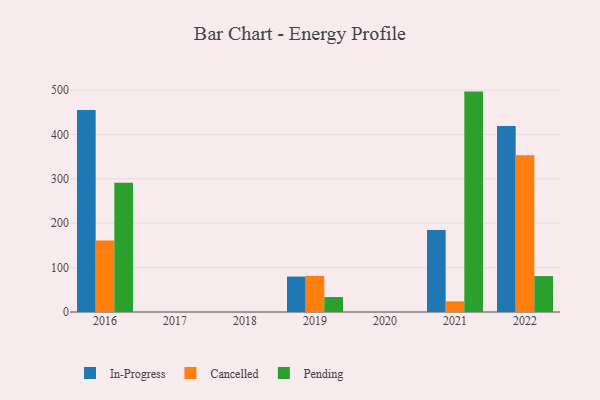
{"axis": {"x": "Year", "y": "Population (Million)"}, "legend": ["Cancelled", "In-Progress", "Pending"], "data": [{"x": "2022", "y": 419.1, "type": "In-Progress"}, {"x": "2022", "y": 352.8, "type": "Cancelled"}, {"x": "2022", "y": 80.9, "type": "Pending"}, {"x": "2019", "y": 79.8, "type": "In-Progress"}, {"x": "2019", "y": 81.3, "type": "Cancelled"}, {"x": "2019", "y": 33.7, "type": "Pending"}, {"x": "2016", "y": 455.2, "type": "In-Progress"}, {"x": "2016", "y": 160.9, "type": "Cancelled"}, {"x": "2016", "y": 290.9, "type": "Pending"}, {"x": "2021", "y": 184.9, "type": "In-Progress"}, {"x": "2021", "y": 24.0, "type": "Cancelled"}, {"x": "2021", "y": 496.4, "type": "Pending"}]}